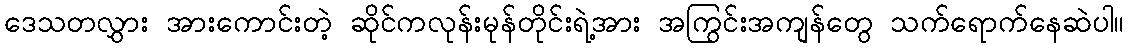
ဒေသတလွှား အားကောင်းတဲ့ ဆိုင်ကလုန်းမုန်တိုင်းရဲ့အား အကြွင်းအကျန်တွေ သက်ရောက်နေဆဲပါ။